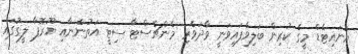
ޔުނައިޓެޑް މީގެ ކުރިން ބަލިވެފައިވަނީ ވާދަވެރި މެންޗެސްޓާ ސިޓީ އަތުންނާއި ޔޫރޮޕާ ލީގުގައި